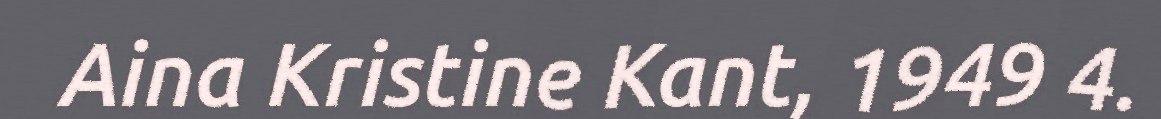
Aina Kristine Kant, 1949 4.